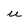
Character: u